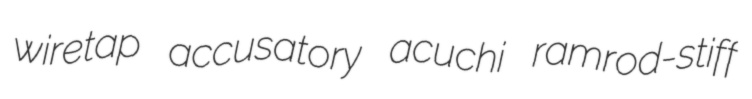
wiretap accusatory acuchi ramrod-stiff